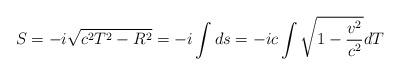
LaTeX: \begin{align*}S=-i\sqrt{c^2T^2-R^2}=-i\int ds=-ic\int\sqrt{1-\frac{v^2}{c^2}}dT\end{align*}